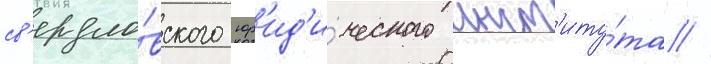
св'ердло́вского юр'ид'и́ческого инст'иту́та //